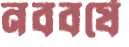
নববর্ষে